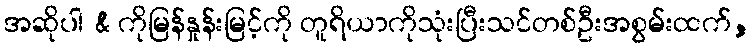
အဆိုပါ & ကိုမြန်နှုန်းမြင့်ကို တူရိယာကိုသုံးပြီးသင်တစ်ဦးအစွမ်းထက်,